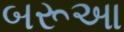
બરૂઆ